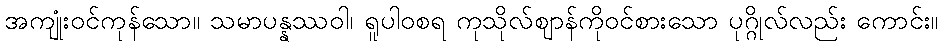
အကျုံးဝင်ကုန်သော။ သမာပန္နဿဝါ၊ ရူပါဝစရ ကုသိုလ်ဈာန်ကိုဝင်စားသော ပုဂ္ဂိုလ်လည်း ကောင်း။